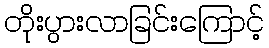
တိုးပွားလာခြင်းကြောင့်